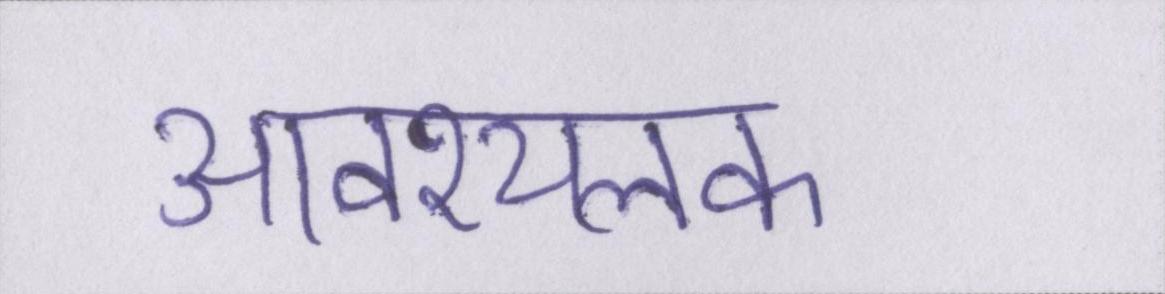
आवश्यलक